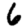
Digit: 6